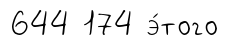
644 174 э́того